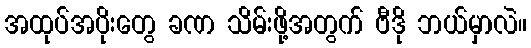
အထုပ်အပိုးတွေ ခဏ သိမ်းဖို့အတွက် ဗီဒို ဘယ်မှာလဲ။